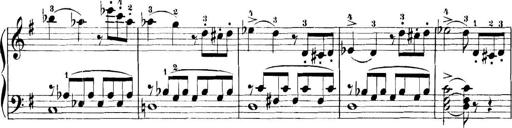
Title: 11 Sonatinas
Composer: Anton Diabelli